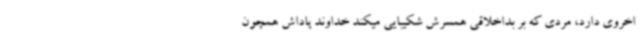
اخروی دارد، مردی که بر بداخلاقی همسرش شکیبایی میکند خداوند پاداش همچون